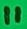
Text: 11